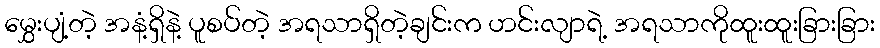
မွှေးပျံ့တဲ့ အနံ့ရှိနဲ့ ပူစပ်တဲ့ အရသာရှိတဲ့ချင်းက ဟင်းလျာရဲ့ အရသာကိုထူးထူးခြားခြား